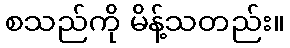
စသည်ကို မိန့်သတည်း။